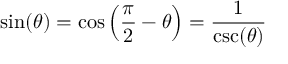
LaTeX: \sin ( \theta ) = \cos \left( { \frac { \pi } { 2 } } - \theta \right) = { \frac { 1 } { \csc ( \theta ) } }